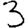
Digit: 3